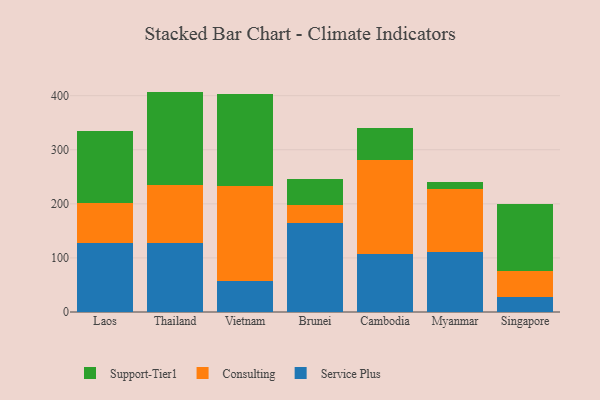
{"axis": {"x": "Country", "y": "Temperature (°C)"}, "legend": ["Consulting", "Service Plus", "Support-Tier1"], "data": [{"x": "Laos", "y": 127.4, "type": "Service Plus"}, {"x": "Laos", "y": 74.9, "type": "Consulting"}, {"x": "Laos", "y": 131.6, "type": "Support-Tier1"}, {"x": "Thailand", "y": 127.6, "type": "Service Plus"}, {"x": "Thailand", "y": 106.9, "type": "Consulting"}, {"x": "Thailand", "y": 173.0, "type": "Support-Tier1"}, {"x": "Vietnam", "y": 57.7, "type": "Service Plus"}, {"x": "Vietnam", "y": 174.5, "type": "Consulting"}, {"x": "Vietnam", "y": 171.3, "type": "Support-Tier1"}, {"x": "Brunei", "y": 164.1, "type": "Service Plus"}, {"x": "Brunei", "y": 34.2, "type": "Consulting"}, {"x": "Brunei", "y": 47.1, "type": "Support-Tier1"}, {"x": "Cambodia", "y": 107.8, "type": "Service Plus"}, {"x": "Cambodia", "y": 172.6, "type": "Consulting"}, {"x": "Cambodia", "y": 59.9, "type": "Support-Tier1"}, {"x": "Myanmar", "y": 110.2, "type": "Service Plus"}, {"x": "Myanmar", "y": 118.0, "type": "Consulting"}, {"x": "Myanmar", "y": 11.9, "type": "Support-Tier1"}, {"x": "Singapore", "y": 27.1, "type": "Service Plus"}, {"x": "Singapore", "y": 48.9, "type": "Consulting"}, {"x": "Singapore", "y": 123.2, "type": "Support-Tier1"}]}